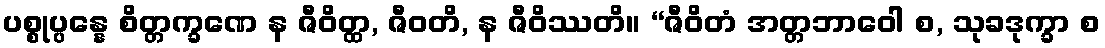
ပစ္စုပ္ပန္နေ စိတ္တက္ခဏေ န ဇီဝိတ္ထ, ဇီဝတိ, န ဇီဝိဿတိ။ “ဇီဝိတံ အတ္တဘာဝေါ စ, သုခဒုက္ခာ စ